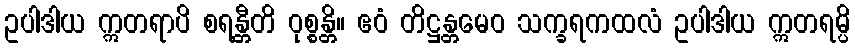
ဥပါဒါယ ဣတရာပိ စရန္တီတိ ဝုစ္စန္တိ။ ဧဝံ တိဋ္ဌန္တမေဝ သက္ခရကထလံ ဥပါဒါယ ဣတရမ္ပိ